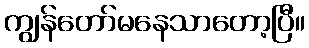
ကျွန်တော်မနေသာတော့ပြီ။